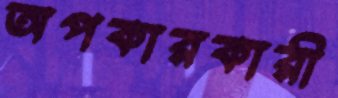
অপকারকারী